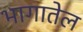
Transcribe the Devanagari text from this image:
भागातेल